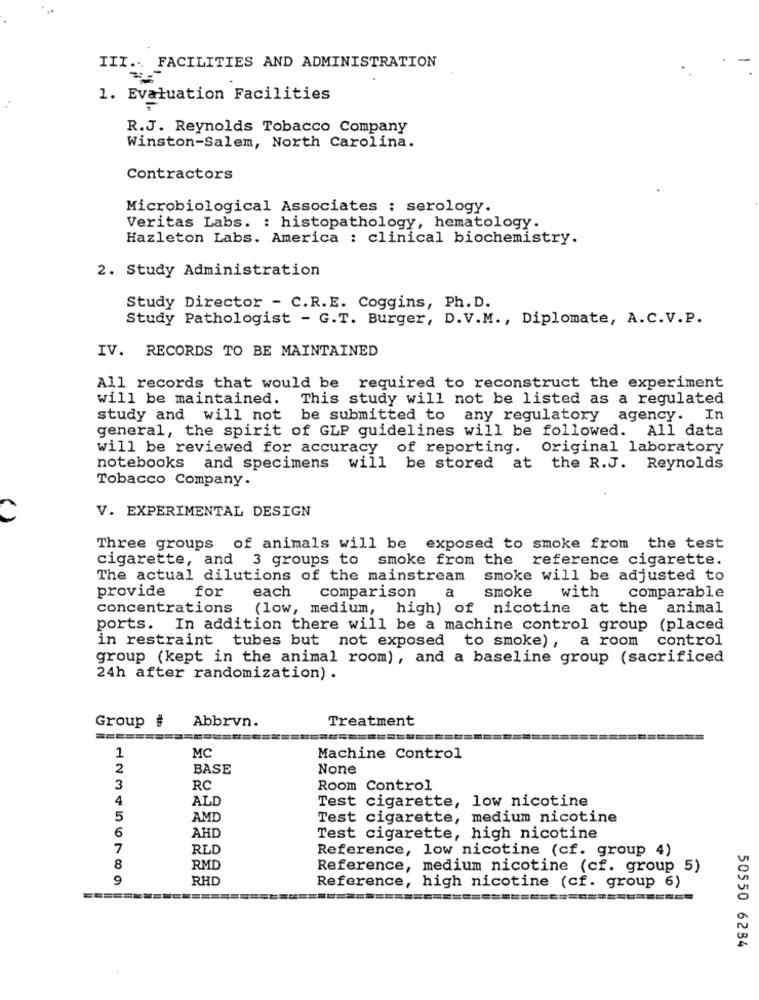
III .. FACILITIES AND ADMINISTRATION
1. Evaluation Facilities
R.J. Reynolds Tobacco Company
Winston-Salem, North Carolina.
Contractors
Microbiological Associates : serology.
Veritas Labs. : histopathology, hematology.
Hazleton Labs. America : clinical biochemistry.
2. Study Administration
Study Director - C.R.E. Coggins, Ph. D.
Study Pathologist - G.T. Burger, D.V.M ., Diplomate, A.C.V.P.
IV. RECORDS TO BE MAINTAINED
All records that would be required to reconstruct the experiment
will be maintained. This study will not be listed as a regulated
study and will not be submitted to any regulatory agency.
In
general, the spirit of GLP guidelines will be followed. All data
will be reviewed for accuracy of reporting. Original laboratory
notebooks and specimens will be stored at the R.J. Reynolds
Tobacco Company.
V. EXPERIMENTAL DESIGN
( )
Three groups of animals will be exposed to smoke from the test
cigarette, and 3 groups to smoke from the reference cigarette.
The actual dilutions of the mainstream smoke will be adjusted to
provide
smoke
for
each
comparison
with comparable
concentrations
(low, medium, high) of nicotine at the animal
ports. In addition there will be a machine control group (placed
in restraint tubes but not exposed to smoke), a room control
group (kept in the animal room), and a baseline group (sacrificed
24h after randomization) .
Abbrvn.
Treatment
Group #
1
MC
Machine Control
2
BASE
3
RC
Room Control
4
ALD
Test cigarette, low nicotine
5
AMD
Test cigarette, medium nicotine
6
AHD
Test cigarette, high nicotine
7
RLD
Reference, low nicotine (cf. group 4)
8
RMD
Reference, medium nicotine (cf. group 5)
9
RHD
Reference, high nicotine (cf. group 6)
50550 6234